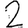
Digit: 2